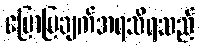
ပြောပြချက်အရသိရသည်